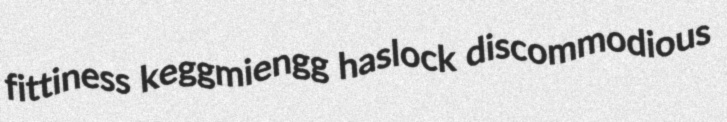
fittiness keggmiengg haslock discommodious